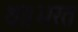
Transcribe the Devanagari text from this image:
था।भरत